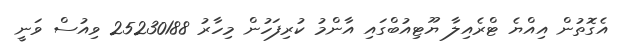
އެގޮތުން އިއްޔެ ޓްރެއިލާ ޔޫޓިއުބްގައި އާންމު ކުރިފަހުން މިހާރު 25230188 ވިއުސް ވަނީ